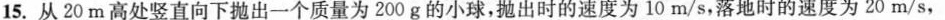
15.从20m高处竖直向下抛出一个质量为200g的小球，抛出时的速度为10m/s，落地时的速度为20m/s，